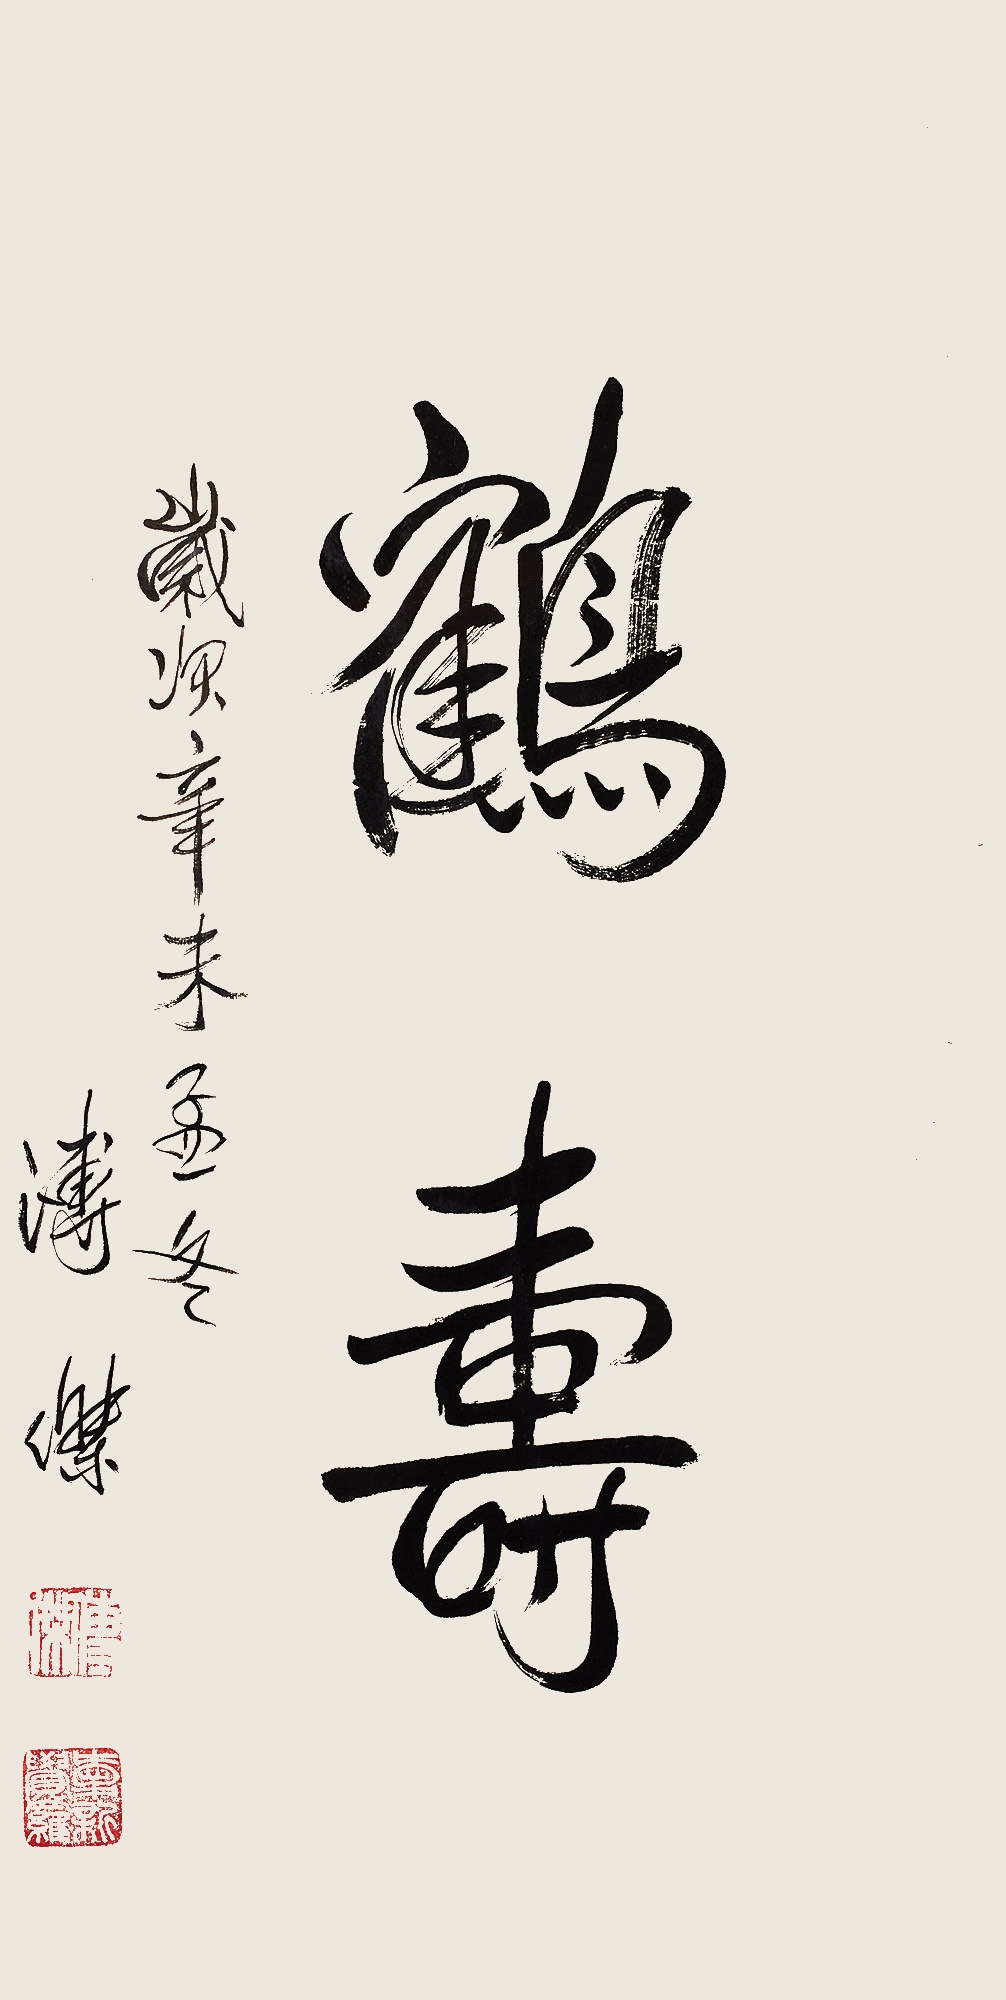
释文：鹤寿。岁次辛未孟冬。溥杰。